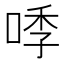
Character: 𭈛